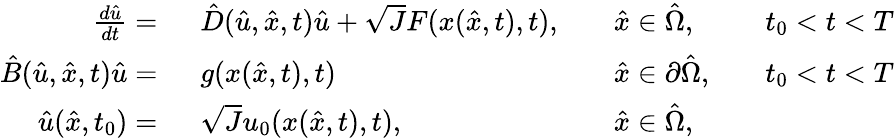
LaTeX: \begin{array}{rlrlrl}{\frac{d\hat{u}}{dt}=\ }&{{}\hat{D}(\hat{u},\hat{x},t)\hat{u}+\sqrt{J}F(x(\hat{x},t),t),}&{}&{{}\hat{x}\in\hat{\Omega},}&{}&{{}t_{0}<t<T}\\ {\hat{B}(\hat{u},\hat{x},t)\hat{u}=\ }&{{}g(x(\hat{x},t),t)}&{}&{{}\hat{x}\in\partial\hat{\Omega},}&{}&{{}t_{0}<t<T}\\ {\hat{u}(\hat{x},t_{0})=\ }&{{}\sqrt{J}u_{0}(x(\hat{x},t),t),}&{}&{{}\hat{x}\in\hat{\Omega},}\end{array}